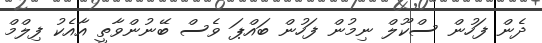
ދެން ފަހުން ސްކޫލް ނިމުން ފަހުން ބައްޕަ ވެސް ބޭނުންވާތީ އާއެކު ފިލްމް